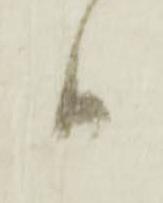
日